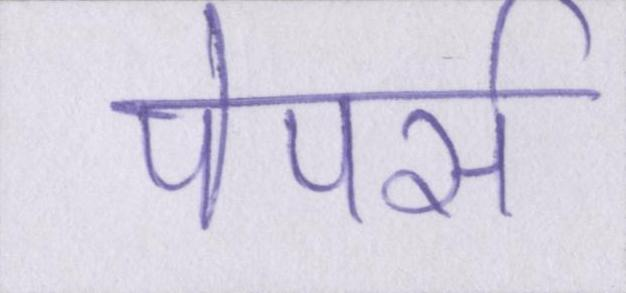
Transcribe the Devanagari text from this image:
पेपर्स